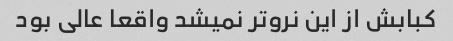
کبابش از این نرو‌تر نمیشد واقعا عالی بود